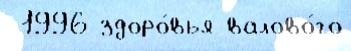
 1996 здоро́вья валово́го